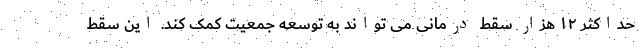
حداکثر ۱۲ هزار سقط درمانی می تواند به توسعه جمعیت کمک کند. این سقط